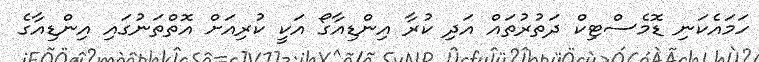
ހަމައެކަނި ޑޮމެސްޓިކް ދަތުރުތައް އަދި ކުރާ އިންޑިއާގޯ އަކީ ކުރިއަށް އޮތްތަނުގައި އިންޑިއާގެ